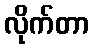
လိုက်တာ